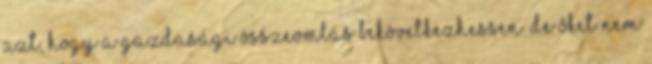
azt, hogy a gazdasági összeomlás bekövetkezhessen. De őket nem